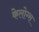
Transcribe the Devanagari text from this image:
केलोग्स